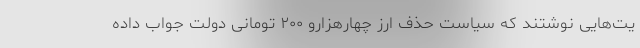
یت‌هایی نوشتند که سیاست حذف ارز چهارهزارو ۲۰۰ تومانی دولت جواب داده